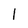
Character: 1